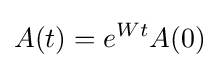
A(t)=e^{Wt}A(0)